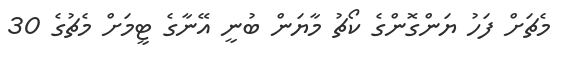
މެޗަށް ފަހު ޔަންގޮންގެ ކޯޗު މާޔަން ބުނީ އޭނާގެ ޓީމަށް މެޗުގެ 30